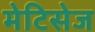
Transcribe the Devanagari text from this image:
मेटिसेज